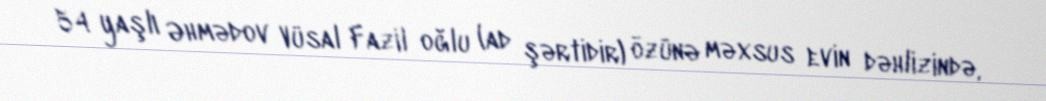
54 yaşlı Əhmədov Vüsal Fazil oğlu (ad şərtidir) özünə məxsus evin dəhlizində,